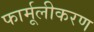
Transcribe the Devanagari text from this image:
फार्मूलीकरण